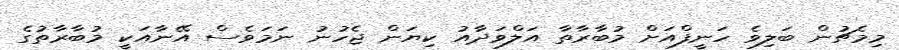
މިމެޗުން ބަލިވެ ހަނީފްއަށް މުބާރާތާ އަލްވަދާއު ކިޔަން ޖެހުނު ނަމަވެސް އޭނާއަކީ މުބާރާތުގެ